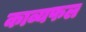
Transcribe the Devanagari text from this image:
काव्यफल